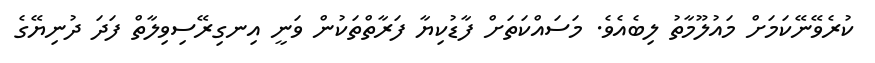
ކުރެވޭނޭކަމަށް މައުލޫމާތު ލިބެއެވެ. މަސައްކަތަށް ފާޑުކިޔާ ފަރާތްތަކުން ވަނީ އިނގިރޭސިވިލާތް ފަދަ ދުނިޔޭގެ